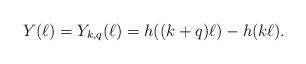
LaTeX: \begin{align*}Y(\ell)=Y_{k,q}(\ell)=h((k+q)\ell)-h(k\ell).\end{align*}